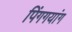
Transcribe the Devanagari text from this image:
पिंगगयांग